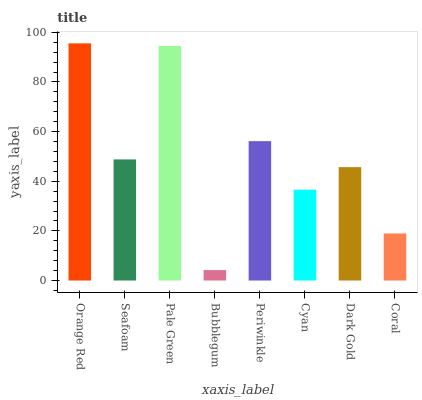
| xaxis_label | bars |
 | --- | --- |
 | Orange Red | 95.6 |
 | Seafoam | 48.8 |
 | Pale Green | 94.5 |
 | Bubblegum | 4.2 |
 | Periwinkle | 56.2 |
 | Cyan | 36.6 |
 | Dark Gold | 45.7 |
 | Coral | 19 |